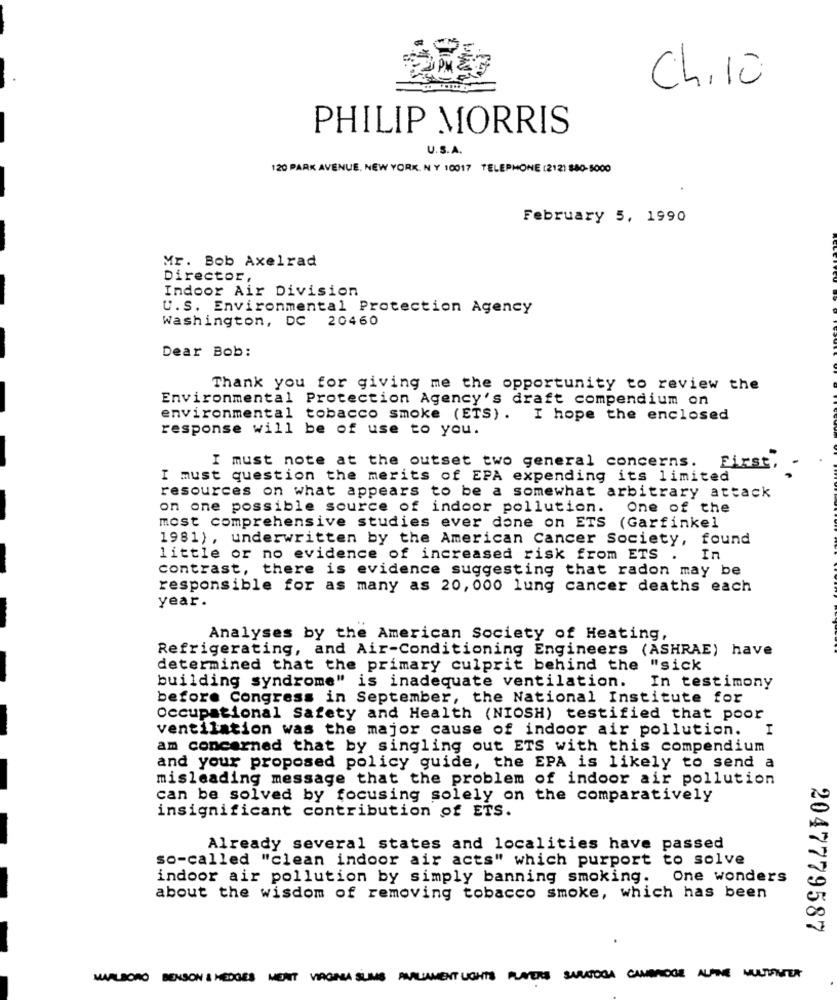
Ch,10
PHILIP MORRIS
U.S.A.
120 PARK AVENUE, NEW YORK. N Y 10017 TELEPHONE (212) $80-5000
February 5, 1990
Mr. Bob Axelrad
Director,
Indoor Air Division
U.S. Environmental Protection Agency
Washington, DC 20460
Dear Bob:
Thank you for giving me the opportunity to review the
Environmental Protection Agency's draft compendium on
environmental tobacco smoke (ETS). I hope the enclosed
response will be of use to you.
must note at the outset two general concerns. First, .
I must question the merits of EPA expending its limited
resources on what appears to be a somewhat arbitrary attack
on one possible source of indoor pollution.
One of the
most comprehensive studies ever done on ETS (Garfinkel
1981), underwritten by the American Cancer Society, found
little or no evidence of increased risk from ETS . In
contrast, there is evidence suggesting that radon may be
responsible for as many as 20, 000 lung cancer deaths each
year.
Analyses by the American Society of Heating,
Refrigerating, and Air-Conditioning Engineers (ASHRAE) have
determined that the primary culprit behind the "sick
building syndrome" is inadequate ventilation.
In testimony
before Congress in September, the National Institute for
Occupational Safety and Health (NIOSH) testified that poor
ventilation was the major cause of indoor air pollution. I
am concerned that by singling out ETS with this compendium
and your proposed policy guide, the EPA is likely to send a
misleading message that the problem of indoor air pollution
can be solved by focusing solely on the comparatively
insignificant contribution of ETS.
Already several states and localities have passed
so-called "clean indoor air acts" which purport to solve
indoor air pollution by simply banning smoking.
One wonders
about the wisdom of removing tobacco smoke, which has been
2047779587
MARLBORO BENSON & HEDGES MENT VIAGARA SLIMS PARLIAMENT LIGHTS PUNTERS SARATOGA CAMBRIDGE ALTRE MULTIFITER